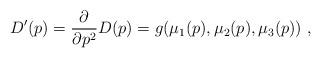
LaTeX: \begin{align*}D'(p)={\partial \over \partial p^2} D(p)=g(\mu_1(p),\mu_2(p),\mu_3(p))~,\end{align*}